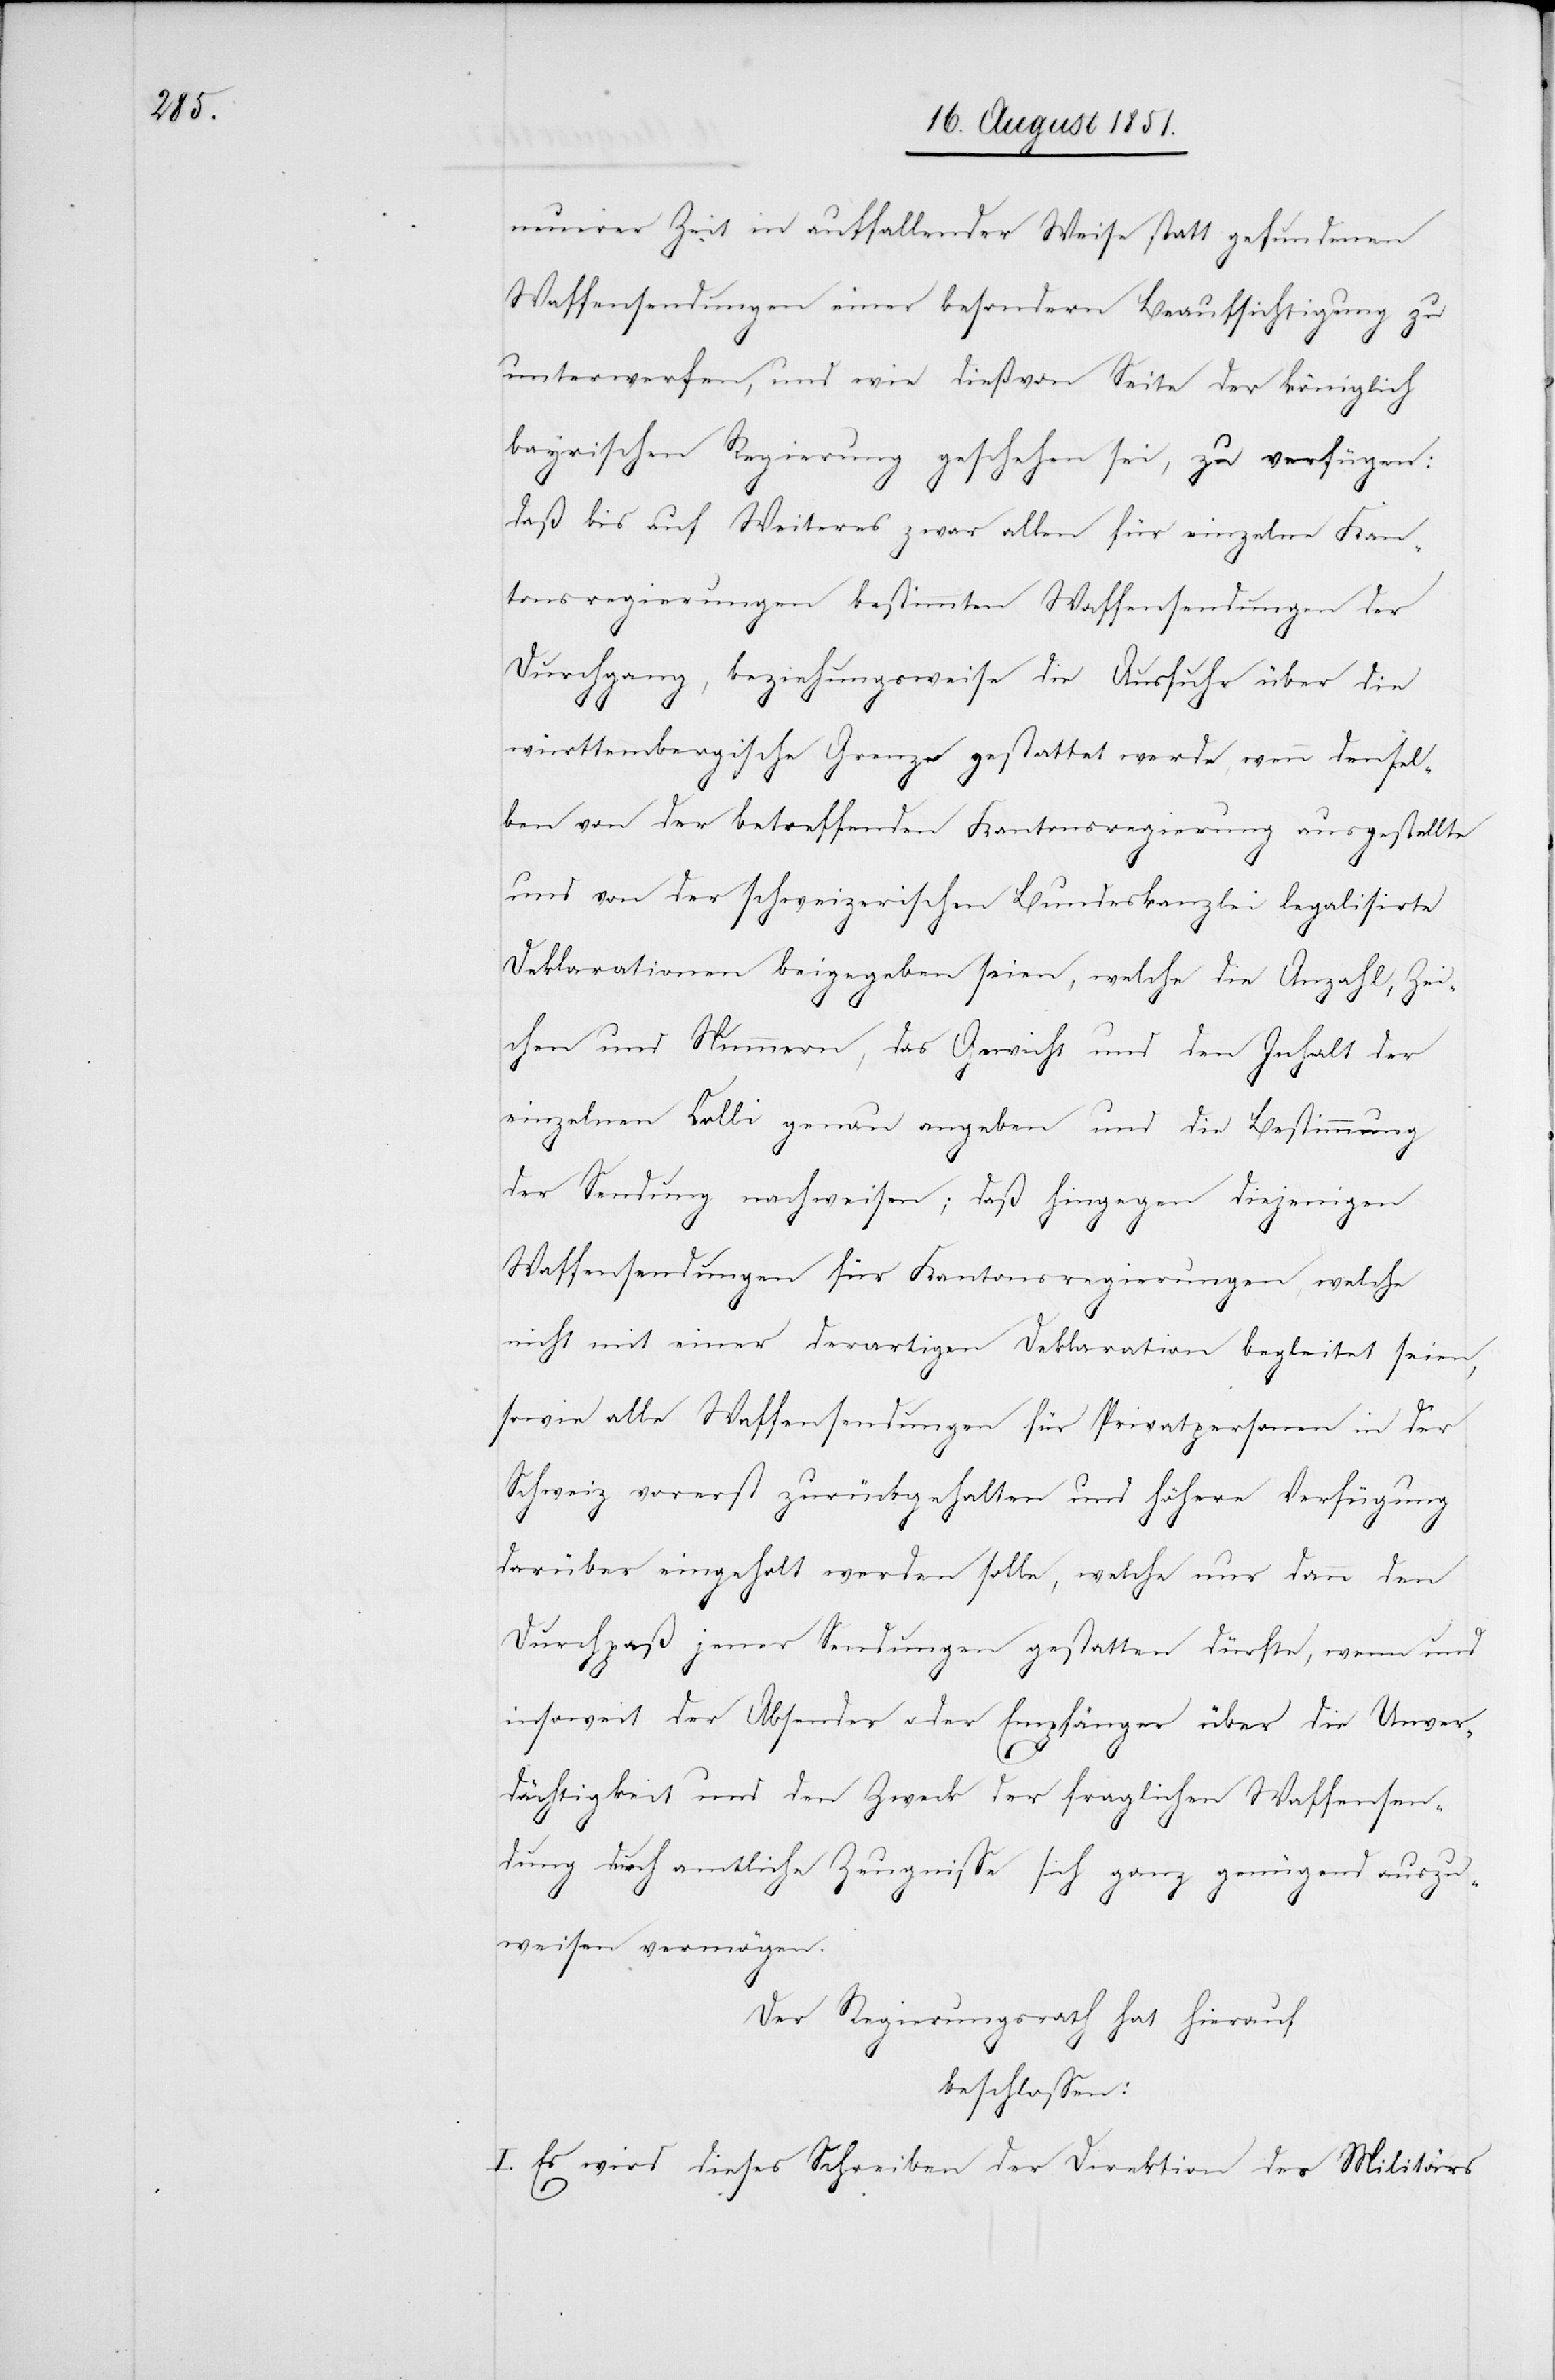
neuerer Zeit in auffallender Weise statt gefundenen
Waffensendungen einer besondern Beaufsichtigung zu
unterwerfen, und wie dieß von Seite der königlich
bayrischen Regierung geschehen sei, zu verfügen:
daß bis auf Weiteres zwar allen für einzelne Kan¬
tonsregierungen bestimmten Waffensendungen der
Durchgang, beziehungsweise die Ausfuhr über die
württembergische Grenze gestattet werde, wenn densel¬
ben von der betreffenden Kantonsregierung ausgestellte
und von der schweizerischen Bundeskanzlei legalisirte
Deklarationen beigegeben seien, welche die Anzahl, Zei¬
chen und Nummern, das Gewicht und den Inhalt der
einzelnen Colli genau angeben und die Bestimmung
der Sendung nachweisen; daß hingegen diejenigen
Waffensendungen für Kantonsregierungen welche
nicht mit einer derartigen Deklaration begleitet seien,
sowie alle Waffensendungen für Privatpersonen in der
Schweiz vorerst zurückgehalten und höhere Verfügung
darüber eingeholt werden solle, welche nur dann den
Durchpaß jener Sendungen gestatten dürfte, wenn und
insoweit der Absender oder Empfänger über die Unver¬
dächtigkeit und den Zweck der fraglichen Waffensen¬
dung durch amtliche Zeugnisse sich ganz genügend auszu¬
weisen vermögen.
Der Regierungsrath hat hierauf
beschlossen:
I. Es wird dieses Schreiben der Direktion des Militärs